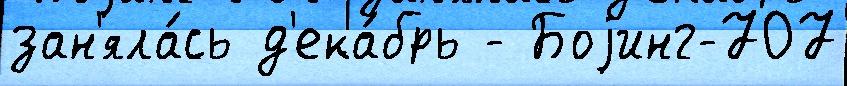
зан'яла́сь д'ека́брь - Боjинг-707